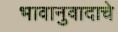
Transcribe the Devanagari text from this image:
भावानुवादाचे